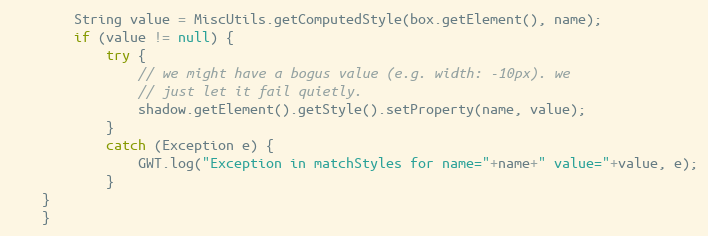
Language: Java
        String value = MiscUtils.getComputedStyle(box.getElement(), name);
        if (value != null) {
            try {
                // we might have a bogus value (e.g. width: -10px). we
                // just let it fail quietly.
                shadow.getElement().getStyle().setProperty(name, value);
            }
            catch (Exception e) {
                GWT.log("Exception in matchStyles for name="+name+" value="+value, e);
            }
	}
    }